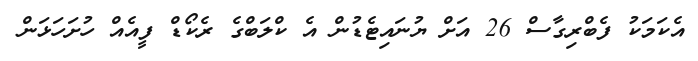
އެކަމަކު ފެބްރިގާސް 26 އަށް ޔުނައިޓެޑުން އެ ކްލަބްގެ ރެކޯޑް ފީއެއް ހުށަހަޅަން